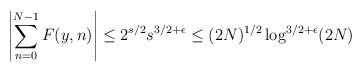
LaTeX: \begin{align*}\displaybreak[0] \left|\sum_{n=0}^{N-1} F(y,n)\right|&\le 2^{s/2}s^{3/2+\epsilon}\le (2N)^{1/2}\log^{3/2+\epsilon}(2N)\end{align*}